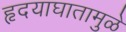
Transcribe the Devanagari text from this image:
हृदयाघातामुळे